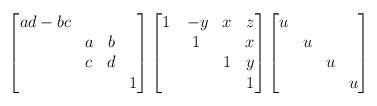
LaTeX: \begin{align*} \begin{bmatrix}ad-bc\\&a&b\\&c&d\\&&&1\end{bmatrix}\begin{bmatrix}1&\,-y&x&z\\&1&&x\\&&1&y\\&&&1\end{bmatrix}\begin{bmatrix}u\\&u\\&&u\\&&&u\end{bmatrix}\end{align*}